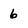
Character: 6